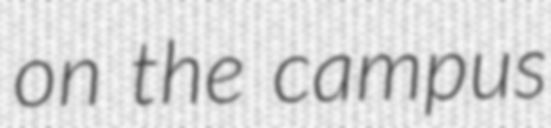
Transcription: on the campus